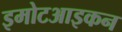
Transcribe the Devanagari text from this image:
इमोटआइकन